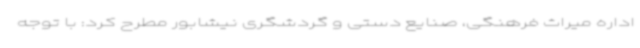
اداره میراث فرهنگی، صنایع دستی و گردشگری نیشابور مطرح کرد: با توجه